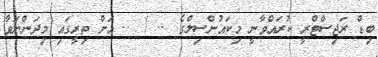
ބިޑް ރަޖިސްޓްރީ ކުރައްވާނީ މިކައުންސިލްގެ @.. / @.. އަށް ތިރީގައި މިދަންނަވާ